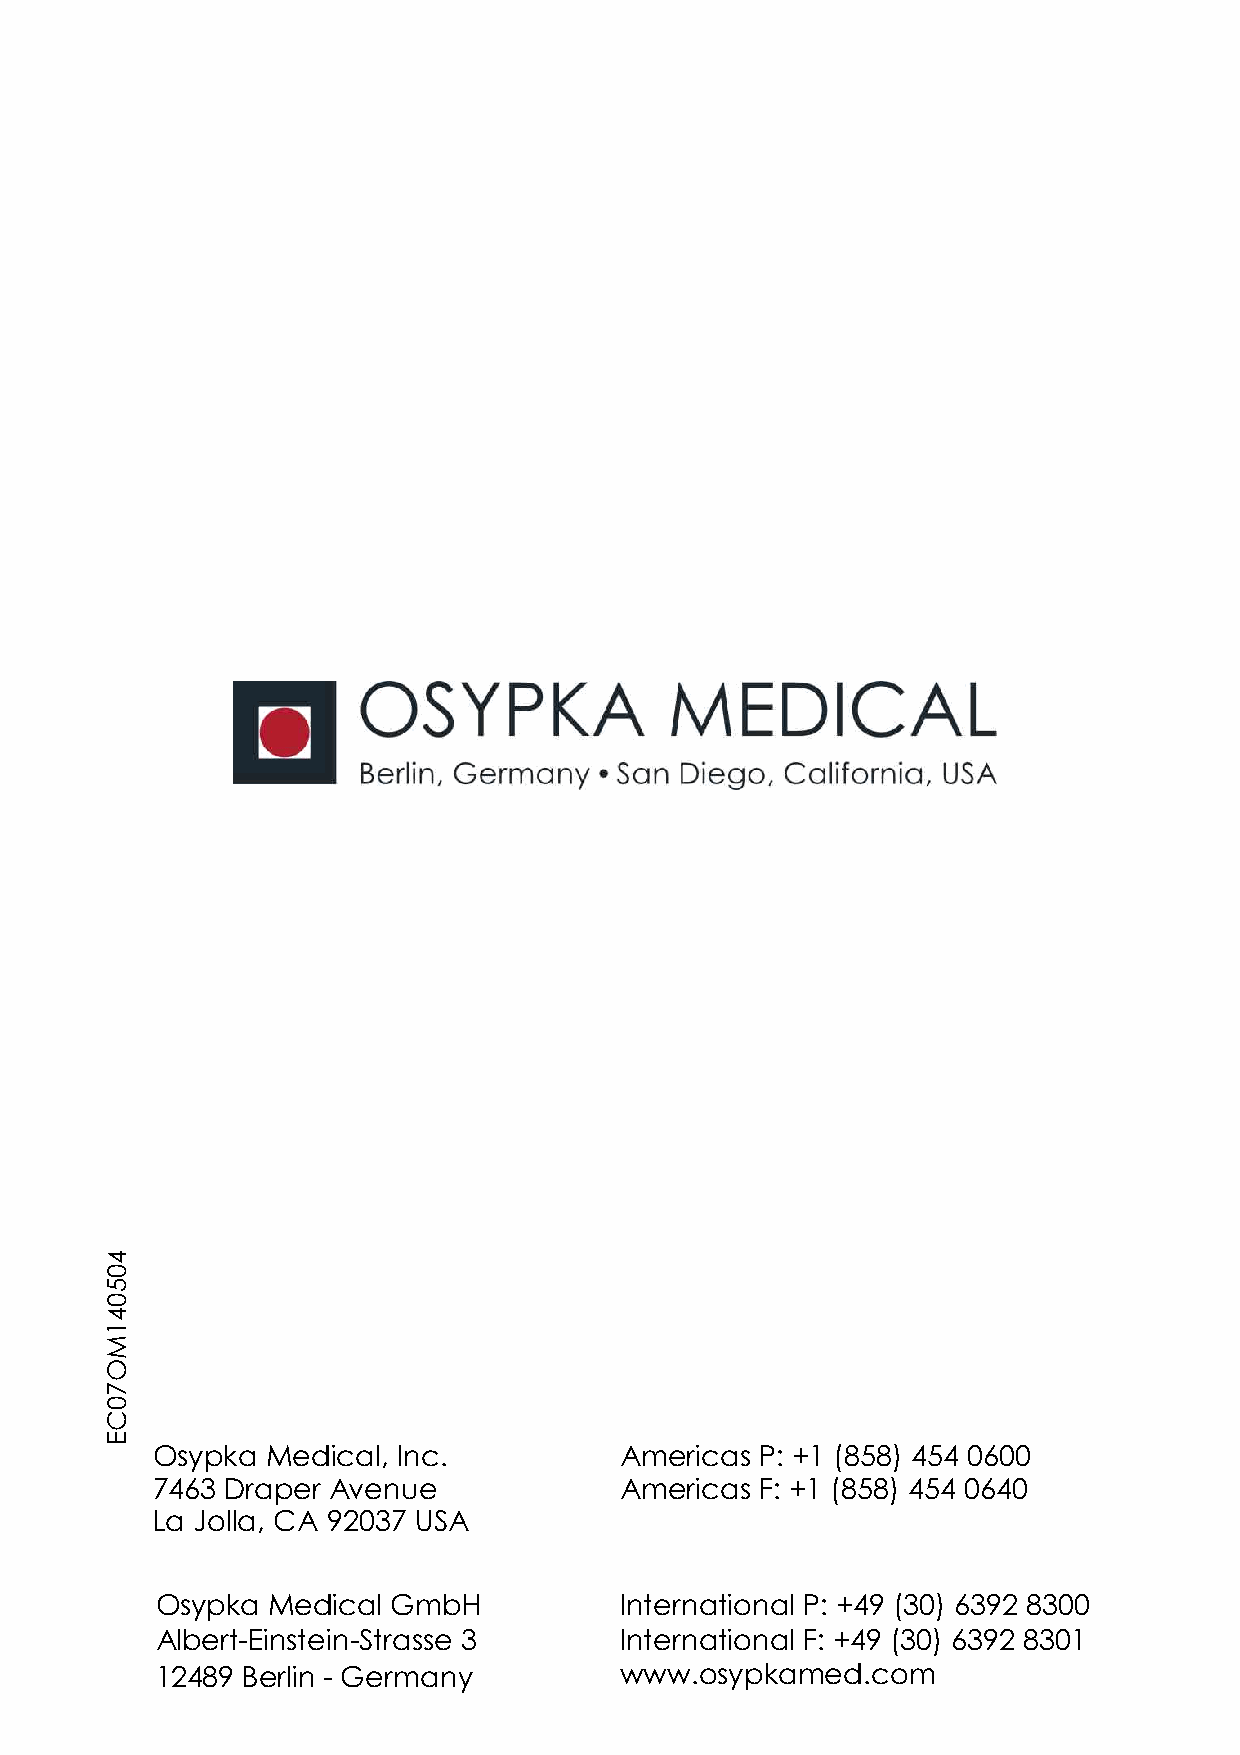
7/.2+;82-
 Ihne‘V  GZY^XVa’ CcX)          ;bZg^XVh J5 &, #303$ /0/ +1++
 2/1. >gVeZg ;kZcjZ             ;bZg^XVh @5 &, #303$ /0/ +1/+
 FV DdaaV’ =; 4-+.2 NL;
 Ihne‘V  GZY^XVa AbWB           CciZgcVi^dcVa J5 &/4 #.+$ 1.4- 3.++
 ;aWZgi(?^chiZ^c(LigVhhZ .      CciZgcVi^dcVa @5 &/4 #.+$ 1.4- 3.+,
 ,-/34 <Zga^c ( AZgbVcn         lll)dhne‘VbZY)Xdb
 /+0+/,GI2+=?